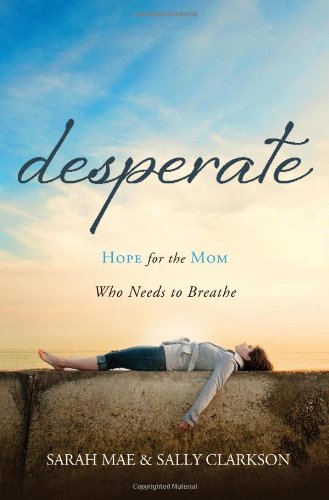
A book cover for Desperate: Hope for the Mom Who Needs to Breathe; Sarah Mae; Parenting & Relationships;